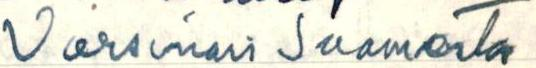
Varsinais Suomesta